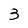
Character: 3